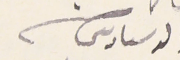
ولد سىادىكم